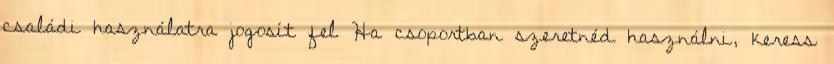
családi használatra jogosít fel Ha csoportban szeretnéd használni, keress